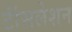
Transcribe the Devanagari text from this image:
टांंसलेशन